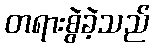
တရားစွဲခဲ့သည်